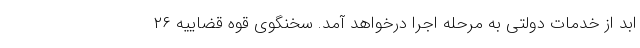
ابد از خدمات دولتی به مرحله اجرا درخواهد آمد. سخنگوی قوه قضاییه ۲۶